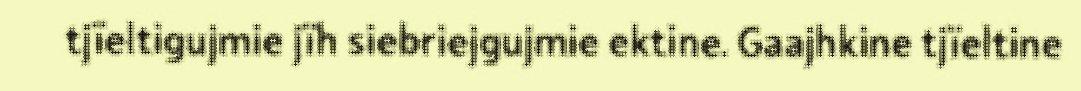
tjïeltigujmie jïh siebriejgujmie ektine. Gaajhkine tjïeltine